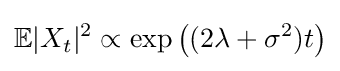
\mathbb {E} |X_{t}|^{2}\propto \exp \left((2\lambda +\sigma ^{2})t\right)